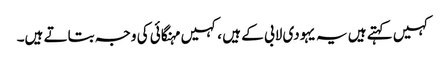
کہیں کہتے ہیں یہ یہودی لابی کے ہیں ،کہیں مہنگائی کی وجہ بتاتے ہیں۔